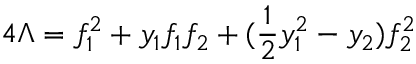
4 \Lambda = f _ { 1 } ^ { 2 } + y _ { 1 } f _ { 1 } f _ { 2 } + ( \frac { 1 } { 2 } y _ { 1 } ^ { 2 } - y _ { 2 } ) f _ { 2 } ^ { 2 }